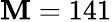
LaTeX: \mathbf{M}=141